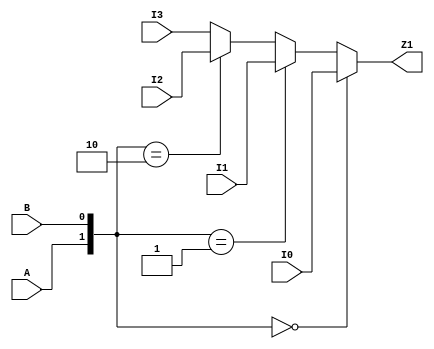
`timescale 1ns/1ns

module Mux4to1 (I0, I1, I2, I3, A, B, Z1);
input [3:0] I0, I1, I2, I3;
input A, B;
output [3:0] Z1;

assign Z1 = ({A, B} == 2'b00) ? I0 : ({A, B} == 2'b01) ? I1 : ({A, B} == 2'b10) ? I2 : I3;

endmodule